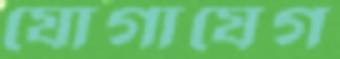
যোগাযেগ